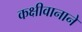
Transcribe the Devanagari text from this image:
कक्षीवानाने